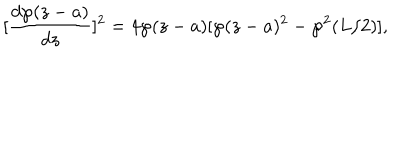
[ \frac { d \wp ( z - a ) } { d z } ] ^ { 2 } = 4 \wp ( z - a ) [ \wp ( z - a ) ^ { 2 } - \wp ^ { 2 } ( L / 2 ) ] ,